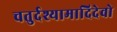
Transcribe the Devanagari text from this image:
चतुर्दश्यामादिदेवो